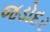
જડોદર